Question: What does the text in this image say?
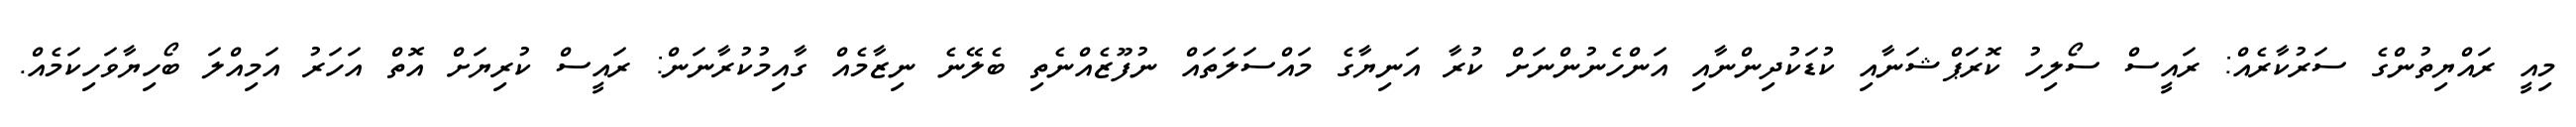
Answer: މިއީ ރައްޔިތުންގެ ސަރުކާރެއް: ރައީސް ސޯލިހު ކޮރަޕްޝަނާއި ކުޑަކުދިންނާއި އަންހެނުންނަށް ކުރާ އަނިޔާގެ މައްސަލަތައް ނުފޫޒެއްނެތި ބެލޭނެ ނިޒާމެއް ގާއިމުކުރާނަން: ރައީސް ކުރިޔަށް އޮތް އަހަރު އަމިއްލަ ބޯހިޔާވަހިކަމެއް.